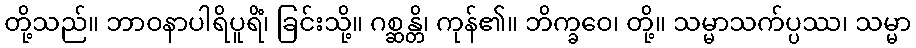
တို့သည်။ ဘာဝနာပါရိပူရိံ၊ ခြင်းသို့။ ဂစ္ဆန္တိ၊ ကုန်၏။ ဘိက္ခဝေ၊ တို့။ သမ္မာသက်ပ္ပဿ၊ သမ္မာ